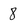
Character: 8